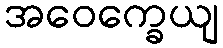
အဝေက္ခေယျ